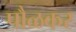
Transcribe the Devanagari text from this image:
पौळकर